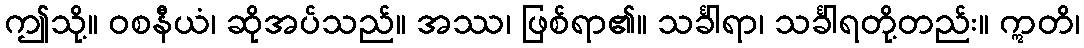
ဤသို့။ ဝစနီယံ၊ ဆိုအပ်သည်။ အဿ၊ ဖြစ်ရာ၏။ သင်္ခါရာ၊ သင်္ခါရတို့တည်း။ ဣတိ၊